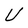
Character: U